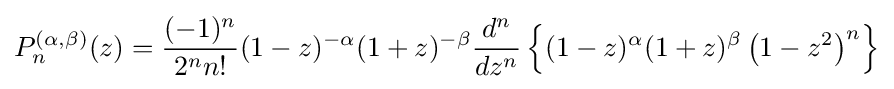
P_{n}^{(\alpha ,\beta )}(z)={\frac {(-1)^{n}}{2^{n}n!}}(1-z)^{-\alpha }(1+z)^{-\beta }{\frac {d^{n}}{dz^{n}}}\left\{(1-z)^{\alpha }(1+z)^{\beta }\left(1-z^{2}\right)^{n}\right\}